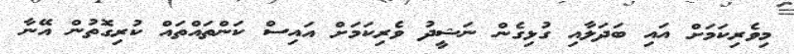
މިވެރިކަމަށް އައި ބަދަލާއި ގުޅިގެން ނަޝީދު ވެރިކަމަށް އައިސް ކަންތައްތައް ކުރިގޮތުން އޭނާ